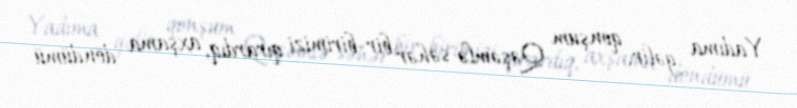
Yadıma gəlir, qonşum Qəşəmlə səhər bir-birimizi qırardıq, axşama döndümü